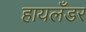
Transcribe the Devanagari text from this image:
हायलँडर